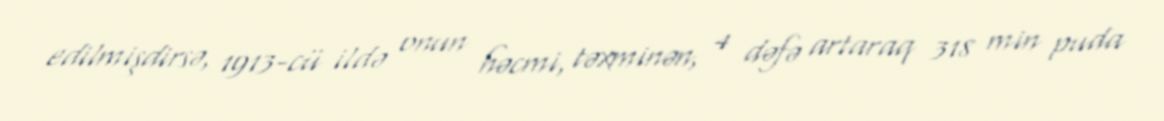
edilmişdirsə, 1913-cü ildə onun həcmi, təxminən, 4 dəfə artaraq 318 min puda